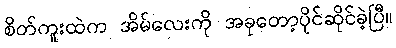
စိတ်ကူးထဲက အိမ်လေးကို အခုတော့ပိုင်ဆိုင်ခဲ့ပြီ။